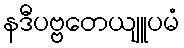
နဒီပဗ္ဗတေယျူပမံ